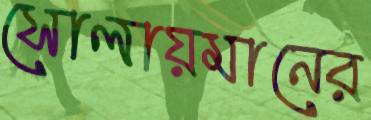
সোলায়মানের